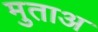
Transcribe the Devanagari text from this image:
मुताअ